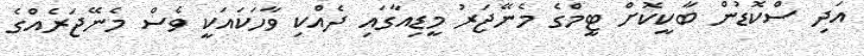
އަދި ސްކޮޑުން ބާކީކޮށް ޓީމްގެ މެނޭޖަރު މީޑިއާގައި ދެއްކި ވާހަކައަކީ ވެސް މެނޭޖަރެއްގެ